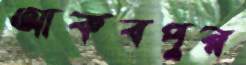
আকবপুর